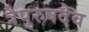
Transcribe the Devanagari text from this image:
त्रैपुरुषदेव